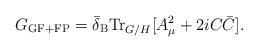
LaTeX: \begin{align*}G_{\rm GF+FP} = \bar{\delta}_{\rm B}{\rm Tr}_{G/H}[A_{\mu}^{2} + 2i C\bar{C}].\end{align*}